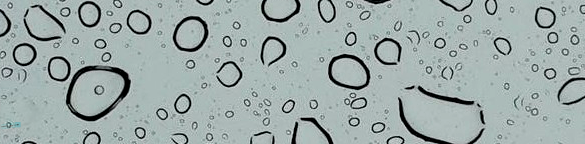
TRY OUR PIZZA